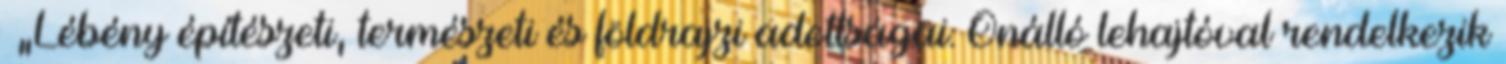
▪„Lébény építészeti, természeti és földrajzi adottságai: Önálló lehajtóval rendelkezik